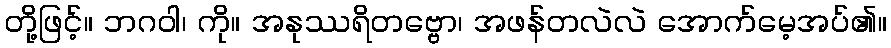
တို့ဖြင့်။ ဘဂဝါ၊ ကို။ အနုဿရိတဗ္ဗော၊ အဖန်တလဲလဲ အောက်မေ့အပ်၏။